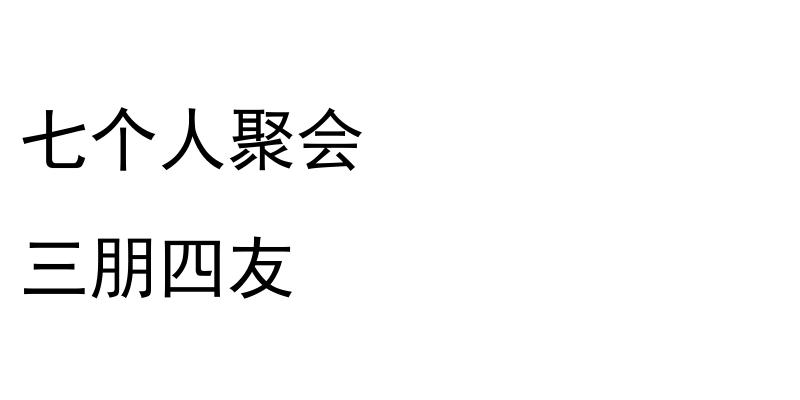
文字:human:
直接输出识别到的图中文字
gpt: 七个人聚会 三朋四友